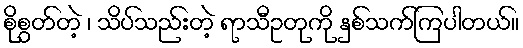
စိုစွတ်တဲ့ ၊ သိပ်သည်းတဲ့ ရာသီဥတုကို နှစ်သက်ကြပါတယ်။